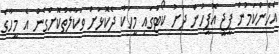
އެހެންކަމުން ޕީޖީ އޮފީހުން ދަށު ކޯޓުގައި މީހަކާ ދެކޮޅަށް ވަކާލާތުކޮށްގެން އެ މީހާގެ